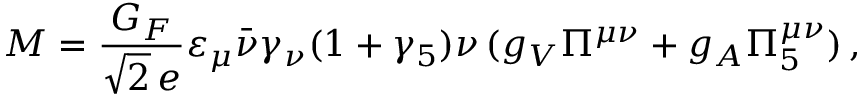
{ \cal M } = \frac { G _ { F } } { \sqrt { 2 } \, e } \varepsilon _ { \mu } \bar { \nu } \gamma _ { \nu } ( 1 + \gamma _ { 5 } ) \nu \, ( g _ { V } \Pi ^ { \mu \nu } + g _ { A } \Pi _ { 5 } ^ { \mu \nu } ) \, ,